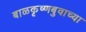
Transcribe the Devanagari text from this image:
बाळकृष्णबुवाच्या